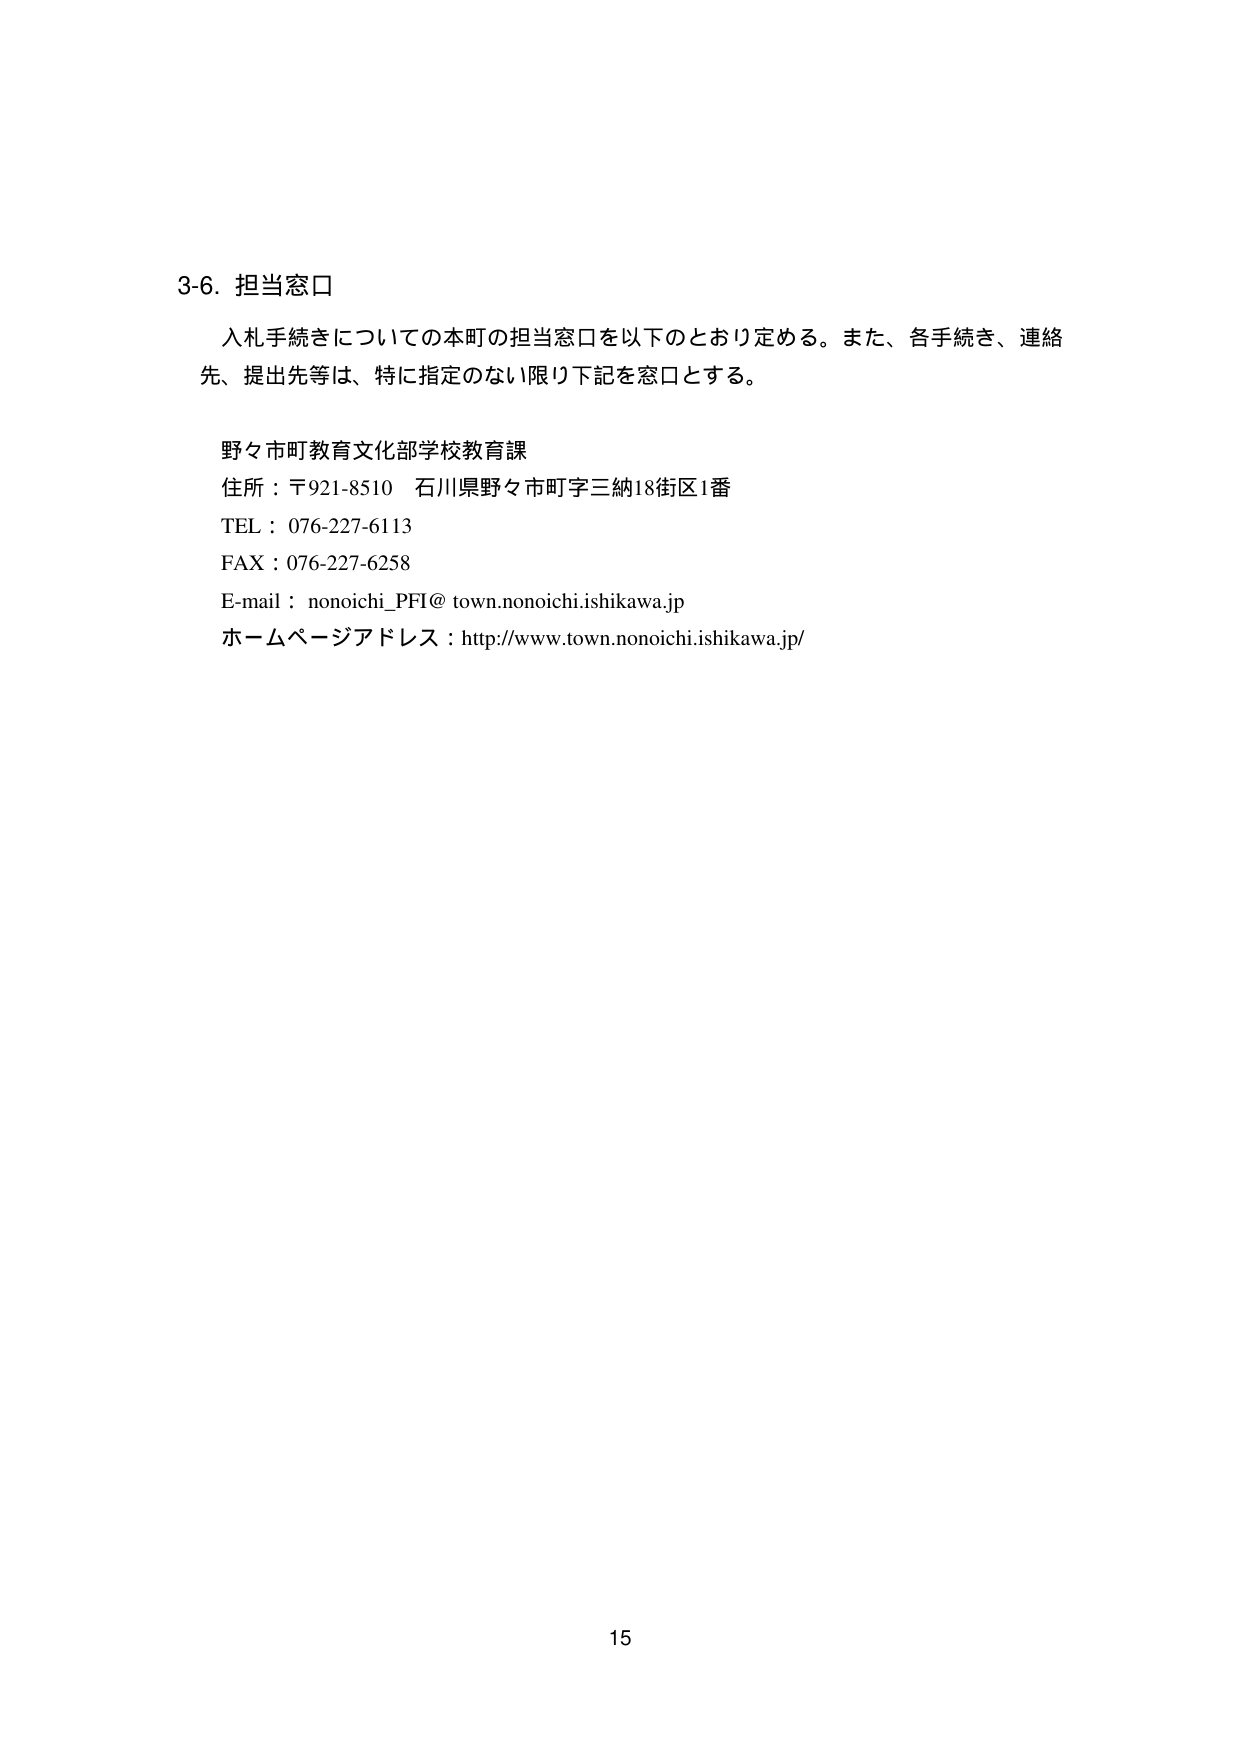
3-6. 担当窓口

入札手続きについての本町の担当窓口を以下のとおり定める。また、各手続き、連絡先、提出先等は、特に指定のない限り下記を窓口とする。

野々市町教育文化部学校教育課
住所：〒921-8510 石川県野々市町字三納18街区1番
TEL：076-227-6113
FAX：076-227-6258
E-mail：nonoichi_PFI@town.nonoichi.ishikawa.jp
ホームページアドレス：http://www.town.nonoichi.ishikawa.jp/

15